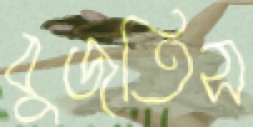
বুজতিস